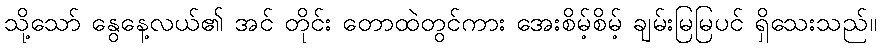
သို့သော် နွေနေ့လယ်၏ အင် တိုင်း တောထဲတွင်ကား အေးစိမ့်စိမ့် ချမ်းမြမြပင် ရှိသေးသည်။